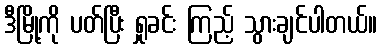
ဒီမြို့ကို ပတ်ပြီး ရှုခင်း ကြည့် သွားချင်ပါတယ်။